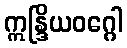
ဣန္ဒြိယဝဂ္ဂေါ